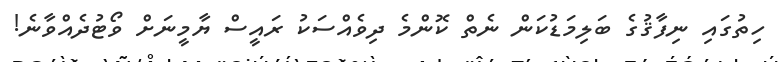
ހިތުގައި ނިފާޤުގެ ބަލިމަޑުކަން ނެތް ކޮންމެ ދިވެއްސަކު ރައީސް ޔާމީނަށް ވޯޓުދެއްވާނެ!